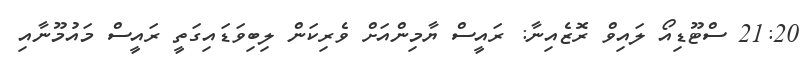
21:20 ސްޓޫޑިއޯ ލައިވް ރޮޒެއިނާ: ރައީސް ޔާމިންއަށް ވެރިކަން ލިބިވަޑައިގަތީ ރައީސް މައުމޫނާއި